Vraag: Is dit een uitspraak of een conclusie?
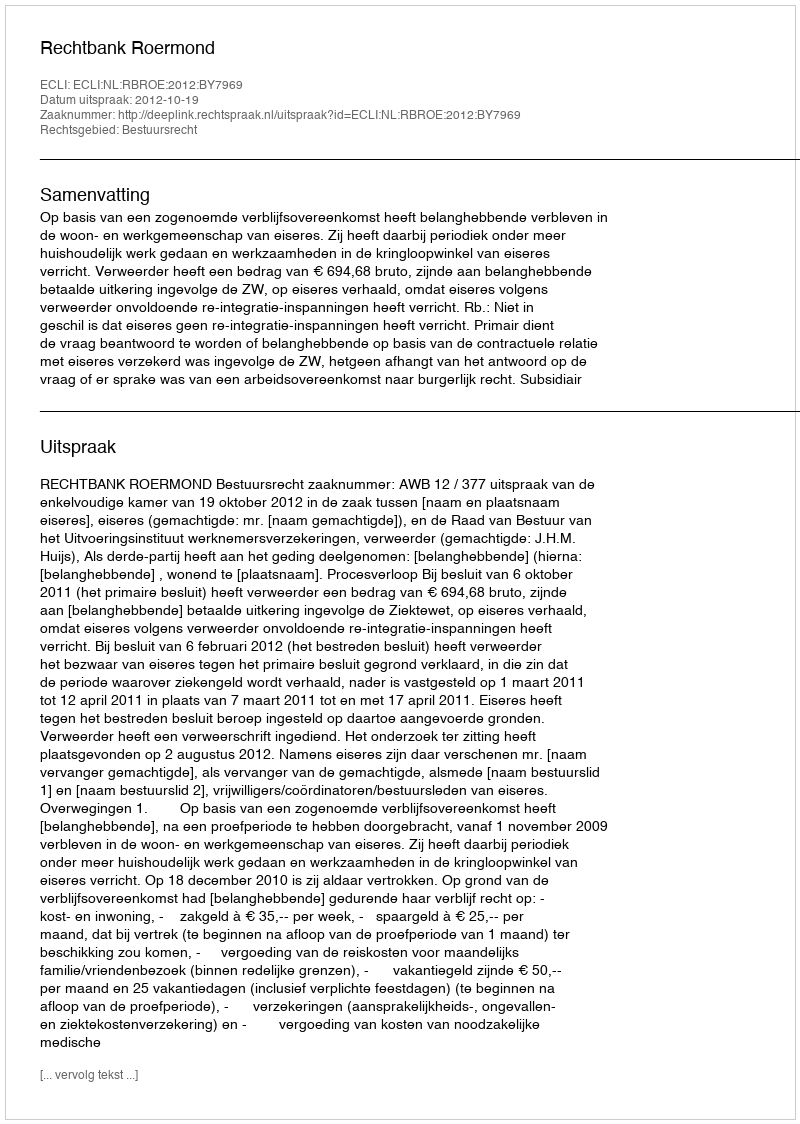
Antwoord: Uitspraak